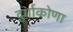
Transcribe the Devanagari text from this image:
दुर्गाकोणा